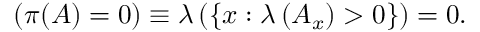
( \pi ( A ) = 0 ) \equiv \lambda \left( \left\{ x : \lambda \left( A _ { x } \right) > 0 \right\} \right) = 0 .